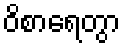
ဝိစာရေတွာ